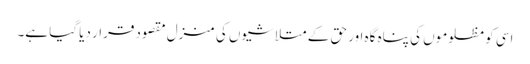
اسی کو مظلوموں کی پناہ گاہ اور حق کے متلاشیوں کی منزلِ مقصود قرار دیا گیا ہے۔